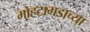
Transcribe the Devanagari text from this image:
मोहटागडाच्या